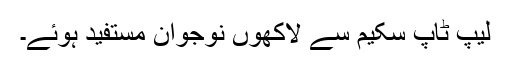
لیپ ٹاپ سکیم سے لاکھوں نوجوان مستفید ہوئے۔